Senior Leaving Certificate Examination (including Day School Certificate (Higher) General paper), 1946
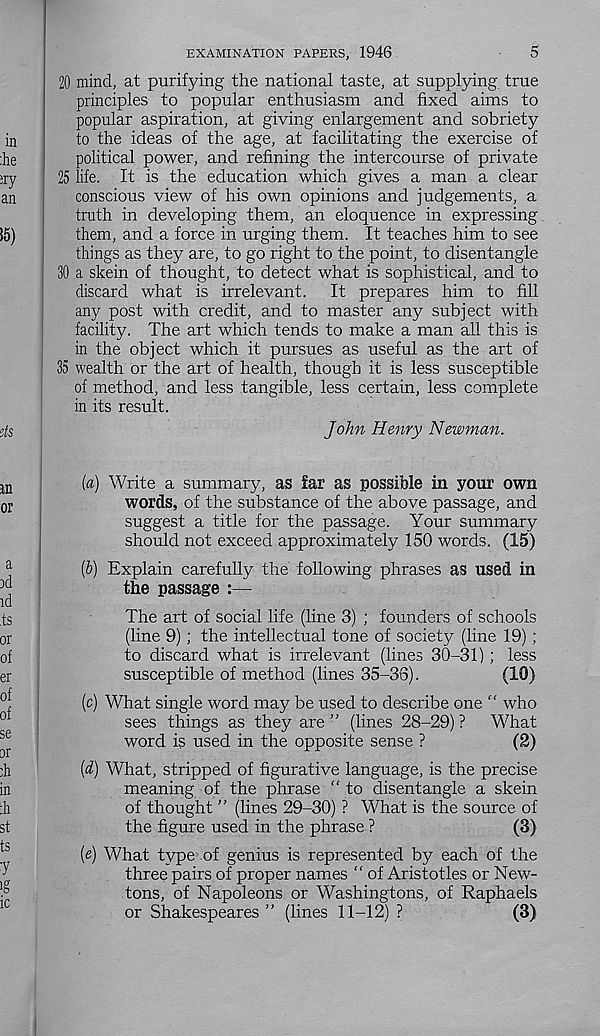
5
EXAMINATION PAPERS, 1946
20 mind, at purifying the national taste, at supplying true
principles to popular enthusiasm and fixed aims to
popular aspiration, at giving enlargement and sobriety
to the ideas of the age, at facilitating the exercise of
political power, and refining the intercourse of private
25 life. It is the education which gives a man a clear
conscious view of his own opinions and judgements, a
truth in developing them, an eloquence in expressing
them, and a force in urging them. It teaches him to see
things as they are, to go right to the point, to disentangle
30 a skein of thought, to detect what is sophistical, and to
discard what is irrelevant.
It prepares him to fill
any post with credit, and to master any subject with
facility. The art which tends to make a man all this is
in the object which it pursues as useful as the art of
35 wealth or the art of health, though it is less susceptible
of method, and less tangible, less certain, less complete
in its result.
John Henry Newman.
[а) Write a summary, as far as possible in your own
words, of the substance of the above passage, and
suggest a title for the passage. Your summary
should not exceed approximately 150 words. (15)
(б) Explain carefully the following phrases as used in
the passage :—
The art of social life (line 3) ; founders of schools
(line 9) ; the intellectual tone of society (line 19);
to discard what is irrelevant (lines 30-31) ; less
susceptible of method (lines 35-36).
(10)
(c) What single word may be used to describe one “ who
sees things as they are ” (lines 28-29) ?
What
word is used in the opposite sense ?
(2)
(d) What, stripped of figurative language, is the precise
meaning of the phrase “ to disentangle a skein
of thought ” (lines 29-30) ? What is the source of
the figure used in the phrase ?
(3)
(e) What type of genius is represented by each of the
three pairs of proper names “ of Aristotles or New-
tons, of Napoleons or Washingtons, of Raphaels
or Shakespeares ” (lines 11-12) ?
(3)